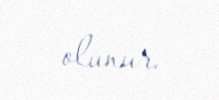
olunur.